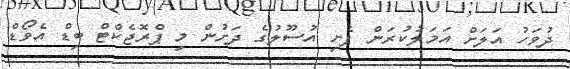
ދުވަހު އަލަށް އަމަލުކުރަން ފެށި އުސޫލުގެ ދަށުން މި ޕްރޮޖެކްޓް ބިޑް އެވޯޑް